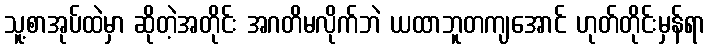
သူ့စာအုပ်ထဲမှာ ဆိုတဲ့အတိုင်း အဂတိမလိုက်ဘဲ ယထာဘူတကျအောင် ဟုတ်တိုင်းမှန်ရာ